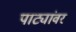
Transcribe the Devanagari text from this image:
पाट्यांवर